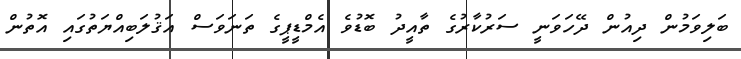
ބަލިވަމުން ދިއުން ދޭހަވަނީ ސަރުކާރުގެ ތާއީދު ބޮޑުވެ އެމްޑީޕީގެ ތަނަވަސް އަޤުލަބިއްޔަތުގައި އޮތުން